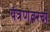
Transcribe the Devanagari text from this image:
यंत्रणेवरची